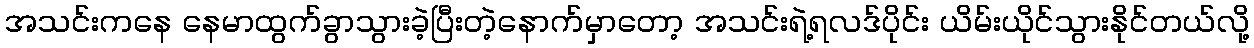
အသင်းကနေ နေမာထွက်ခွာသွားခဲ့ပြီးတဲ့နောက်မှာတော့ အသင်းရဲ့ရလဒ်ပိုင်း ယိမ်းယိုင်သွားနိုင်တယ်လို့